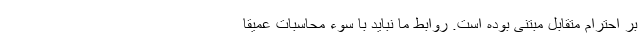
بر احترام متقابل مبتنی بوده است. روابط ما نباید با سوء محاسبات عمیقاً